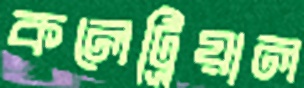
কলেট্রিয়াল